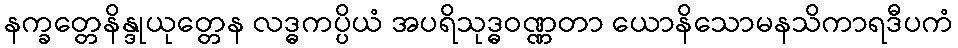
နက္ခတ္တေနိန္ဒုယုတ္တေန လဒ္ဓကပ္ပိယံ အပရိသုဒ္ဓဝဏ္ဏတာ ယောနိသောမနသိကာရဒီပကံ